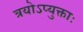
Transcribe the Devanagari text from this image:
त्रयोऽप्युक्ताः